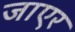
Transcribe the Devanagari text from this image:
जाएर